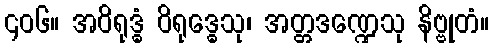
၄၀၆။ အဝိရုဒ္ဓံ ဝိရုဒ္ဓေသု၊ အတ္တဒဏ္ဍေသု နိဗ္ဗုတံ။